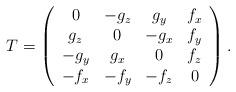
LaTeX: \begin{align*}T=\left(\begin{array}{cccc}0 & -g_{z} & g_{y} & f_{x} \\g_{z} & 0 & -g_{x} & f_{y} \\-g_{y} & g_{x} & 0 & f_{z} \\-f_{x} & -f_{y} & -f_{z} & 0\end{array} \right ).\end{align*}